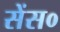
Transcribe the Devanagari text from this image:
सेंस०